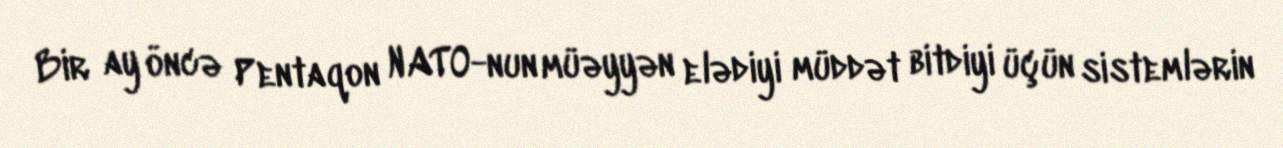
Bir ay öncə Pentaqon NATO-nun müəyyən elədiyi müddət bitdiyi üçün sistemlərin